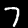
Label: 7